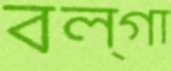
বল্গা